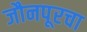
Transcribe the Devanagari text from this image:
जौनपूरचा